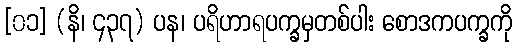
[၀၁] (နိ၊ ၄၃၇) ပန၊ ပရိဟာရပက္ခမှတစ်ပါး စောဒကပက္ခကို